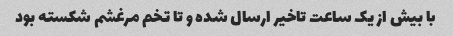
با بیش از یک ساعت تاخیر ارسال شده و تا تخم مرغشم شکسته بود